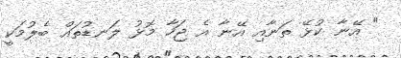
" އޭނާ ކުޅޭ ތަނާއި އޭނާ އެ ޖަހާ މޮޅު ލަނޑުތައް ބެލުމަކީ